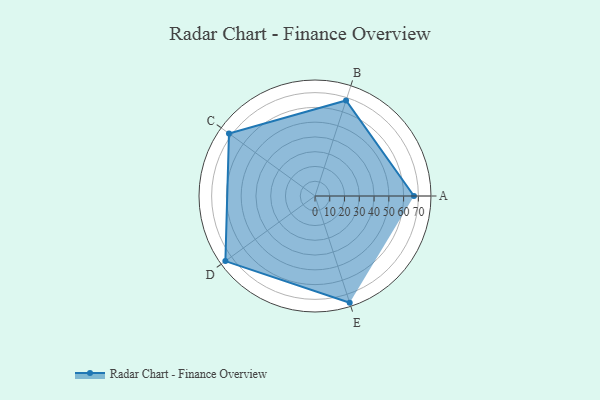
{"axis": {"x": "Skill", "y": "Score"}, "legend": ["Profile"], "data": [{"x": "A", "y": 67.0, "type": "Profile"}, {"x": "B", "y": 68.0, "type": "Profile"}, {"x": "C", "y": 72.0, "type": "Profile"}, {"x": "D", "y": 75.0, "type": "Profile"}, {"x": "E", "y": 76.0, "type": "Profile"}]}